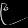
Digit: ၉